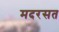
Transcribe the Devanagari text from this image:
मदरसत